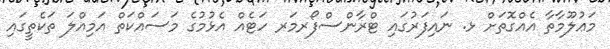
މަޢުލޫމާތާ އެއްގޮތަށް ޅ. ނައިފަރުގައި ޓްރާންސްފޯރމަރ ހަޓެއް އެޅުމުގެ މަސައްކަތް އަމިއްލަ ތަކެތީގައި